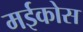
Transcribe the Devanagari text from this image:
मईकोस